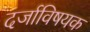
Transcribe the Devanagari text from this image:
दर्जाविषयक